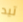
تيد